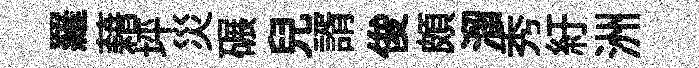
羅藉坪災碾兒諝俊頗溜秀紆洲